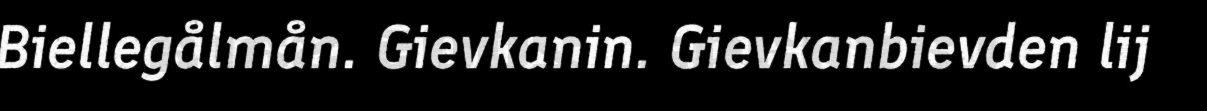
Biellegålmån. Gievkanin. Gievkanbievden lij